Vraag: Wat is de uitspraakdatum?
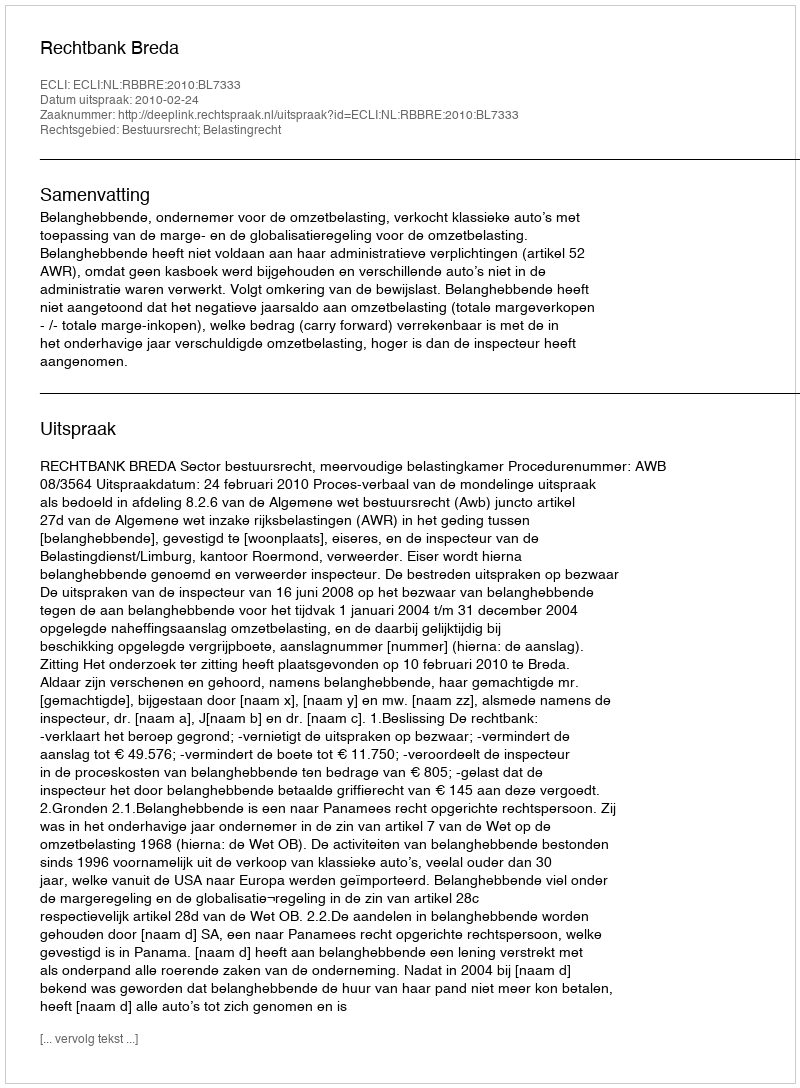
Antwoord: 2010-02-24